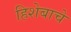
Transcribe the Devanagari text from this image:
हिशेबाचे